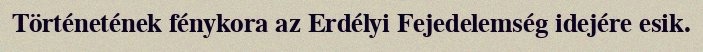
Történetének fénykora az Erdélyi Fejedelemség idejére esik.